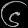
Digit: ၆